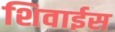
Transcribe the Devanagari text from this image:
शिवाईस